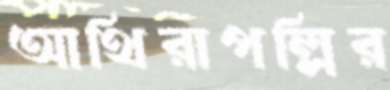
আথিরাপল্লির